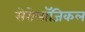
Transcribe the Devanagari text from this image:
सेरोलॉजिकल